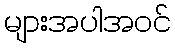
များအပါအဝင်